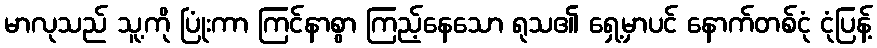
မာလုသည် သူ့ကို ပြုံးကာ ကြင်နာစွာ ကြည့်နေသော ရုသ၏ ရှေ့မှာပင် နောက်တစ်ငုံ ငုံပြန့်